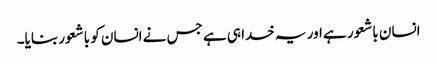
انسان باشعور ہے اور یہ خدا ہی ہے جس نے انسان کو باشعور بنایا۔